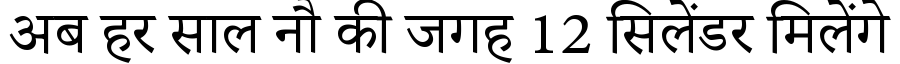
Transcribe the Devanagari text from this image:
अब हर साल नौ की जगह 12 सिलेंडर मिलेंगे